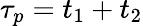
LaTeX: \tau_{p}=t_{1}+t_{2}